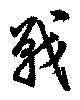
戦